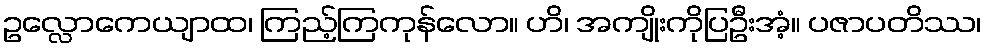
ဥလ္လောကေယျာထ၊ ကြည့်ကြကုန်လော။ ဟိ၊ အကျိုးကိုပြဦးအံ့။ ပဇာပတိဿ၊